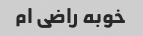
خوبه راضی ام